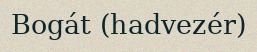
Bogát (hadvezér)